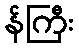
န်ကြီး